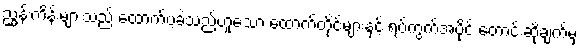
ညွှန်းကိန်းများသည် ထောက်ပံ့ခဲ့သည်ဟူသော ထောက်တိုင်များနှင့် ရပ်ကွက်အပိုင် တောင်းဆိုချက်မှ